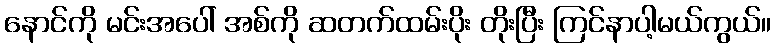
နောင်ကို မင်းအပေါ် အစ်ကို ဆတက်ထမ်းပိုး တိုးပြီး ကြင်နာပါ့မယ်ကွယ်။